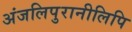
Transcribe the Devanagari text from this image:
अंजलिपुरानीलिपि